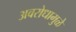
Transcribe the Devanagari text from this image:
अवरोधामुळे